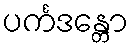
ပင်္ကဒန္တော